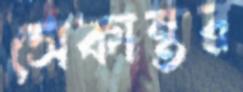
সেকান্তর